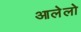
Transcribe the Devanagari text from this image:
आलेलो